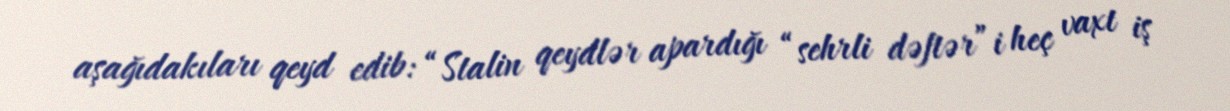
aşağıdakıları qeyd edib: “Stalin qeydlər apardığı “sehrli dəftər”i heç vaxt iş